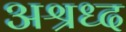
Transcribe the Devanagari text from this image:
अश्रध्द